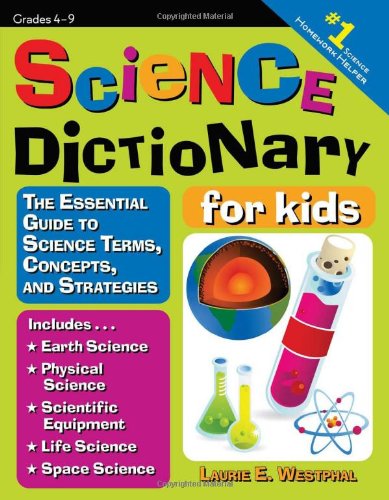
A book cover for Science Dictionary for Kids: The Essential Guide to Science Terms, Concepts, and Strategies; Laurie Westphal; Children's Books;